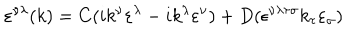
LaTeX: \varepsilon ^ { \nu \lambda } ( k ) = C ( i k ^ { \nu } \varepsilon ^ { \lambda } - i k ^ { \lambda } \varepsilon ^ { \nu } ) + D ( \epsilon ^ { \nu \lambda \tau \sigma } k _ { \tau } \varepsilon _ { \sigma } )